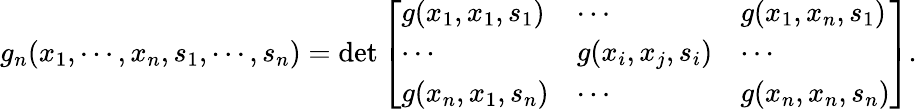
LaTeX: \begin{array}{r}{g_{n}(x_{1},\cdots,x_{n},s_{1},\cdots,s_{n})=\mathrm{det}\left[\begin{array}{lll}{g(x_{1},x_{1},s_{1})}&{\cdots}&{g(x_{1},x_{n},s_{1})}\\ {\cdots}&{g(x_{i},x_{j},s_{i})}&{\cdots}\\ {g(x_{n},x_{1},s_{n})}&{\cdots}&{g(x_{n},x_{n},s_{n})}\end{array}\right].}\end{array}